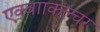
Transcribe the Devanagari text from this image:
एक्वााकल्चर